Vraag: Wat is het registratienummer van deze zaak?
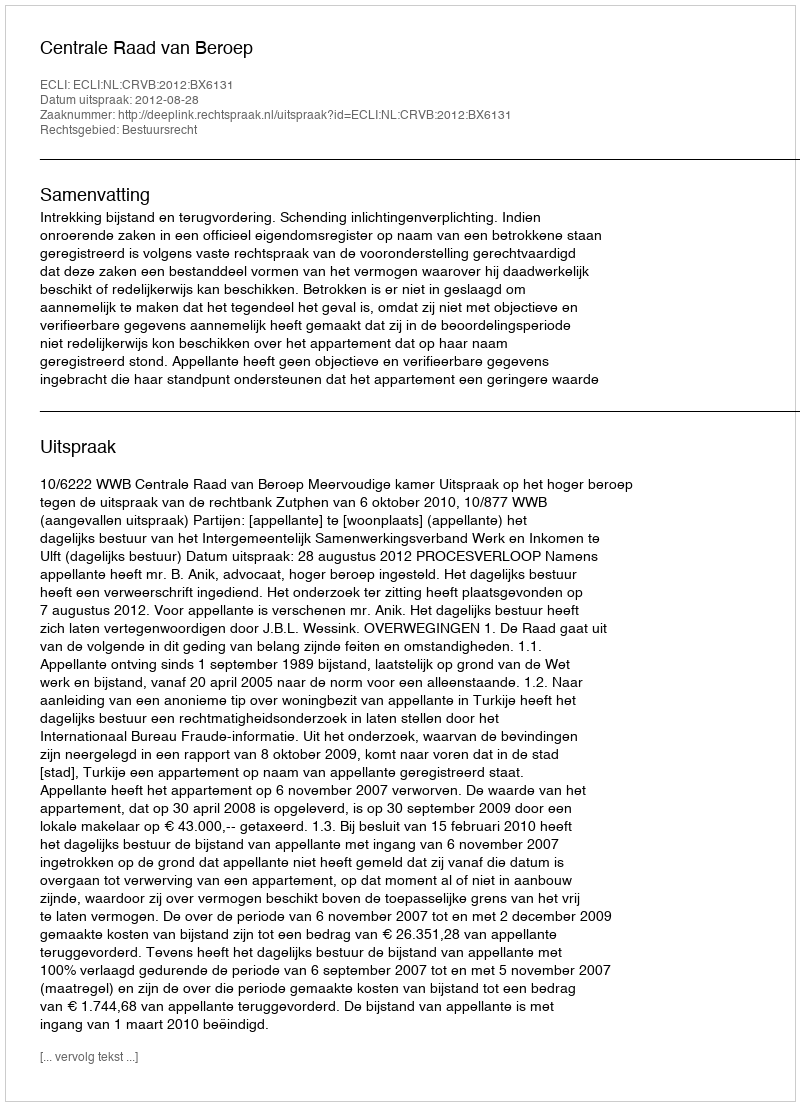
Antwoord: http://deeplink.rechtspraak.nl/uitspraak?id=ECLI:NL:CRVB:2012:BX6131